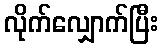
လိုက်လျှောက်ပြီး